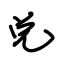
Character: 兑